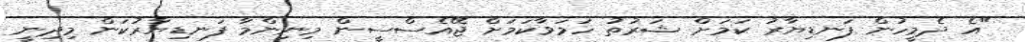
"އެ ދެމީހުން ފަނޑިޔާރު ކަމަށް ޝަރުތު ހަމަވާކަމަށް ޖޭއެސްސީން މިނިންމާ ފަނޑިޔާރުކަން މިދިނީ